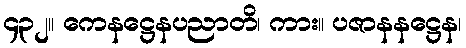
၄၃၂။ ကေနဋ္ဌေနပညာတိ၊ ကား။ ပဇာနနဋ္ဌေန၊